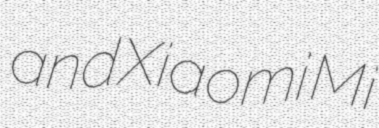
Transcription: and Xiaomi Mi